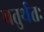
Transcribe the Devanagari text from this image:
चतुर्थतः